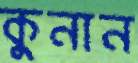
কুনান